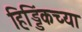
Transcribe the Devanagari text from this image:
हिड्डिंकच्या